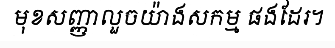
មុខសញ្ញាលួចយ៉ាងសកម្ម ផងដែរ។